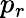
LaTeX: p_{r}